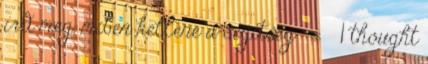
írd meg, miben kellene a segítség ››› 1 thought